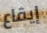
إيقاع